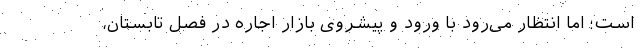
است؛ اما انتظار می‌‌رود با ورود و پیشروی بازار اجاره در فصل تابستان،